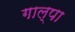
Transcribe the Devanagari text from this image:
गाल्पा